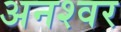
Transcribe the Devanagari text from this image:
अनश्‍वर